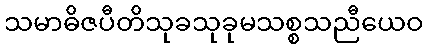
သမာဓိဇပီတိသုခသုခုမသစ္စသညီယေဝ